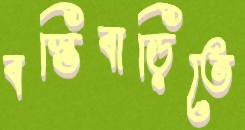
বস্তিবাড়িতে